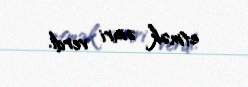
etmək əmri verdi.